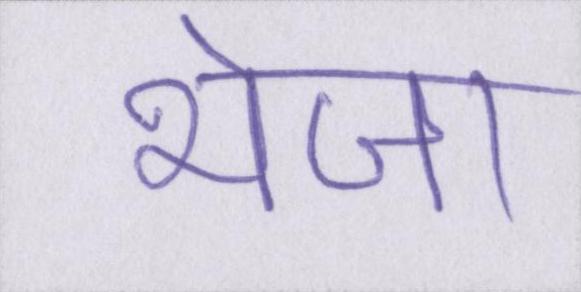
भेजा